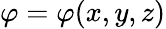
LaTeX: \varphi=\varphi(x,y,z)